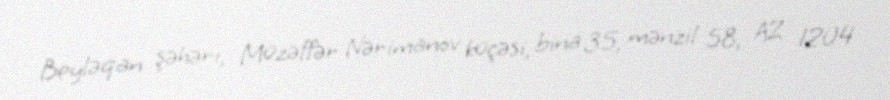
Beyləqan şəhəri, Müzəffər Nərimanov küçəsi, bina 35, mənzil 58, AZ 1204